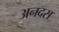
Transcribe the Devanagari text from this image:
अनदस